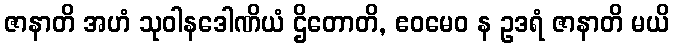
ဇာနာတိ အဟံ သုဝါနဒေါဏိယံ ဌိတောတိ, ဧဝမေဝ န ဥဒရံ ဇာနာတိ မယိ